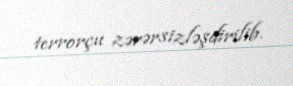
terrorçu zərərsizləşdirilib.